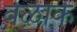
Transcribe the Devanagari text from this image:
वेळाक